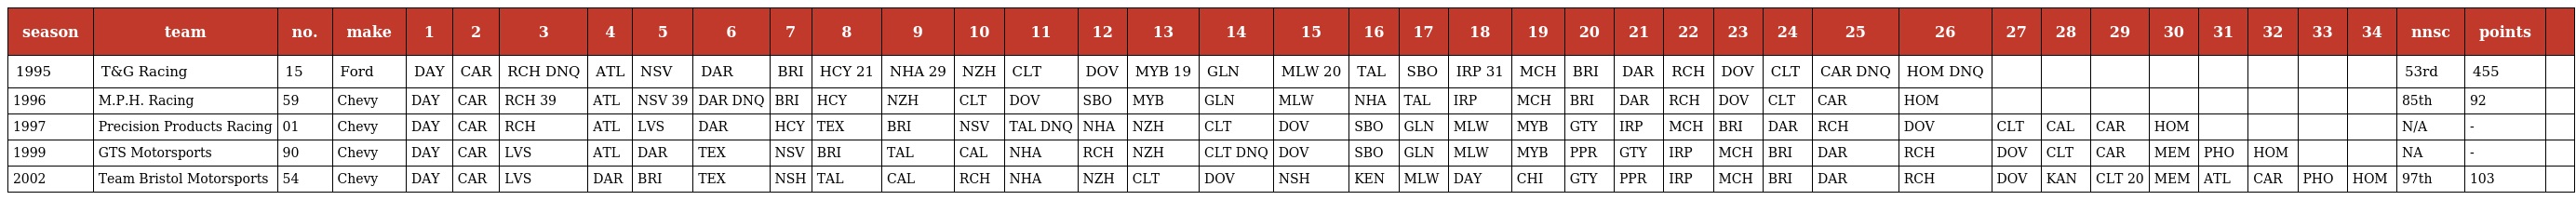
| season | team | no. | make | 1 | 2 | 3 | 4 | 5 | 6 | 7 | 8 | 9 | 10 | 11 | 12 | 13 | 14 | 15 | 16 | 17 | 18 | 19 | 20 | 21 | 22 | 23 | 24 | 25 | 26 | 27 | 28 | 29 | 30 | 31 | 32 | 33 | 34 | nnsc | points |  |
 | --- | --- | --- | --- | --- | --- | --- | --- | --- | --- | --- | --- | --- | --- | --- | --- | --- | --- | --- | --- | --- | --- | --- | --- | --- | --- | --- | --- | --- | --- | --- | --- | --- | --- | --- | --- | --- | --- | --- | --- | --- |
 | 1995 | T&G Racing | 15 | Ford | DAY | CAR | RCH DNQ | ATL | NSV | DAR | BRI | HCY 21 | NHA 29 | NZH | CLT | DOV | MYB 19 | GLN | MLW 20 | TAL | SBO | IRP 31 | MCH | BRI | DAR | RCH | DOV | CLT | CAR DNQ | HOM DNQ |  |  |  |  |  |  |  |  | 53rd | 455 |  |
 | 1996 | M.P.H. Racing | 59 | Chevy | DAY | CAR | RCH 39 | ATL | NSV 39 | DAR DNQ | BRI | HCY | NZH | CLT | DOV | SBO | MYB | GLN | MLW | NHA | TAL | IRP | MCH | BRI | DAR | RCH | DOV | CLT | CAR | HOM |  |  |  |  |  |  |  |  | 85th | 92 |  |
 | 1997 | Precision Products Racing | 01 | Chevy | DAY | CAR | RCH | ATL | LVS | DAR | HCY | TEX | BRI | NSV | TAL DNQ | NHA | NZH | CLT | DOV | SBO | GLN | MLW | MYB | GTY | IRP | MCH | BRI | DAR | RCH | DOV | CLT | CAL | CAR | HOM |  |  |  |  | N/A | - |  |
 | 1999 | GTS Motorsports | 90 | Chevy | DAY | CAR | LVS | ATL | DAR | TEX | NSV | BRI | TAL | CAL | NHA | RCH | NZH | CLT DNQ | DOV | SBO | GLN | MLW | MYB | PPR | GTY | IRP | MCH | BRI | DAR | RCH | DOV | CLT | CAR | MEM | PHO | HOM |  |  | NA | - |  |
 | 2002 | Team Bristol Motorsports | 54 | Chevy | DAY | CAR | LVS | DAR | BRI | TEX | NSH | TAL | CAL | RCH | NHA | NZH | CLT | DOV | NSH | KEN | MLW | DAY | CHI | GTY | PPR | IRP | MCH | BRI | DAR | RCH | DOV | KAN | CLT 20 | MEM | ATL | CAR | PHO | HOM | 97th | 103 |  |